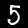
Label: 5